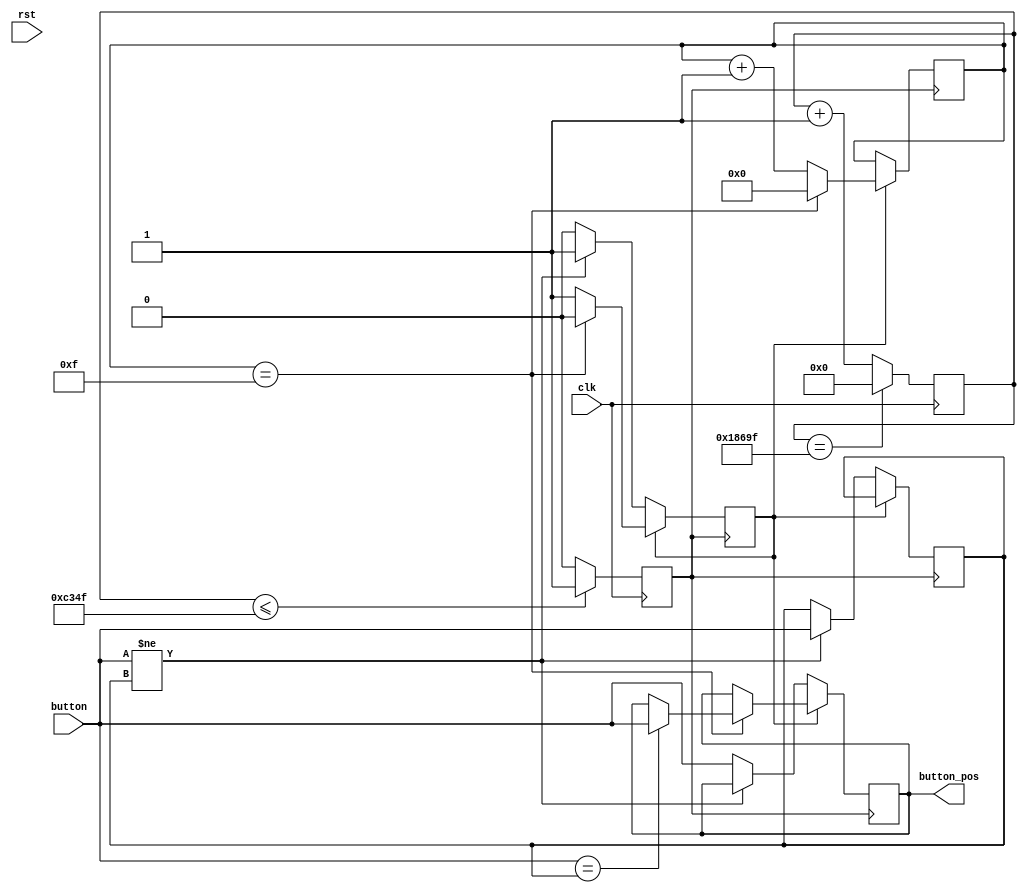
`timescale 1ns / 1ps

module xiaodou(
    input clk,				//
    input rst,
    input button,			//
    output reg button_pos	//
    );
    reg t  = 1'b0;			//
    reg t2 = 1'b0;			//15ms
    reg clk_o;
    reg judge = 1'b0;		//
    reg [3:0]cou=4'b0000;	//
    
    reg [16:0] cnt=0;
    always@(posedge clk) begin
    if(cnt == 99999)
        cnt <= 'b000;
    else 
        cnt <= cnt + 1'b1;
    
    if(cnt <= 49999)
        clk_o <= 1'b1;
    else 
        clk_o <= 1'b0;
    end
        
    always@(posedge clk_o)
    begin
        if(judge)					//t
        begin
            if(cou == 4'b1111)		//
            begin
                cou <= 4'b0000;		//
                t2 = button;
                judge <= 1'b0;		//
                if(t2 == t)
                    button_pos <= button;//
                else;				//
            end
            else					//
                cou <= cou+1'b1;
        end
        
        else if(button != t)		//s
        begin
            judge <= 1'b1;			//
            t = button;				//
        end
        
        else
			button_pos = button;	//
    end
    
endmodule